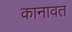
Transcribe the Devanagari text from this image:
कानावत